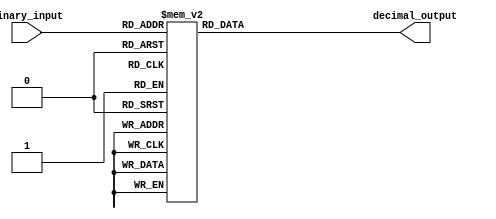
module DecimalDecoder(
    input [3:0] binary_input,
    output reg [9:0] decimal_output
);

always @(*)
begin
    case(binary_input)
        4'b0000: decimal_output = 10; // Decimal Value for binary 0000 is 10
        4'b0001: decimal_output = 1;  // Decimal Value for binary 0001 is 1
        4'b0010: decimal_output = 2;  // Decimal Value for binary 0010 is 2
        4'b0011: decimal_output = 3;  // Decimal Value for binary 0011 is 3
        4'b0100: decimal_output = 4;  // Decimal Value for binary 0100 is 4
        4'b0101: decimal_output = 5;  // Decimal Value for binary 0101 is 5
        4'b0110: decimal_output = 6;  // Decimal Value for binary 0110 is 6
        4'b0111: decimal_output = 7;  // Decimal Value for binary 0111 is 7
        4'b1000: decimal_output = 8;  // Decimal Value for binary 1000 is 8
        4'b1001: decimal_output = 9;  // Decimal Value for binary 1001 is 9
        default: decimal_output = 0;   // Default case when no match is found
    endcase
end

endmodule